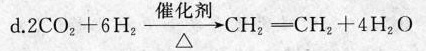
d.$$2 C O _ { 2 } + 6 H _ { 2 } \frac{}{\Delta}\rightarrow C H _ { 2 } = C H _ { 2 } + 4 H _ { 2 } 0